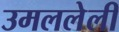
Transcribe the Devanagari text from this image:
उमललेली